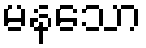
မနသော